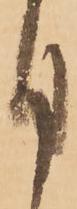
日